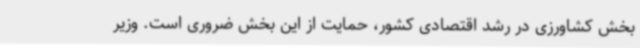
بخش کشاورزی در رشد اقتصادی کشور، حمایت از این بخش ضروری است. وزیر